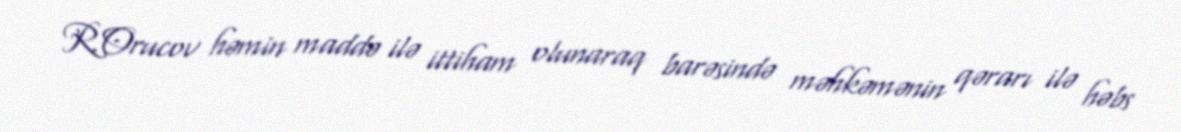
R.Orucov həmin maddə ilə ittiham olunaraq barəsində məhkəmənin qərarı ilə həbs